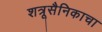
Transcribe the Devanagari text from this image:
शत्रूसैनिकाचा